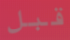
قبل